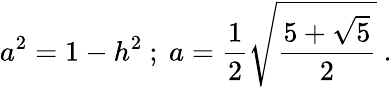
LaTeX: a^{2}=1-h^{2}\ ;\ a={\frac{1}{2}}{\sqrt{\frac{5+{\sqrt{5}}}{2}}}\ .